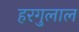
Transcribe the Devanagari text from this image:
हरगुलाल